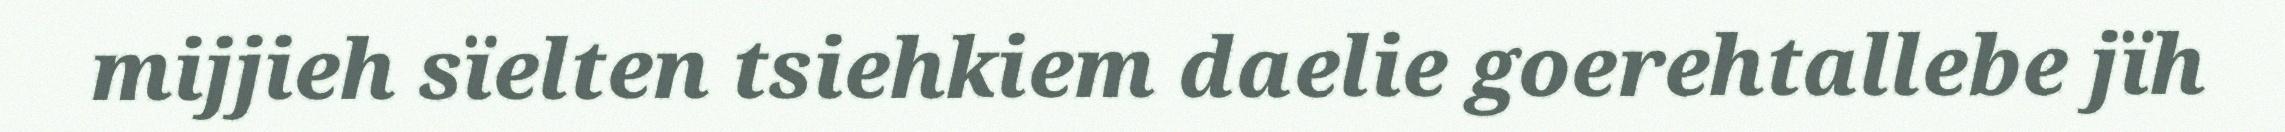
mijjieh sïelten tsiehkiem daelie goerehtallebe jïh